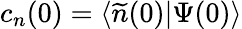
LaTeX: c_{n}(0)=\langle\widetilde{n}(0)|\Psi(0)\rangle